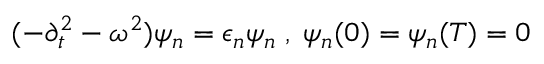
( - \partial _ { t } ^ { 2 } - \omega ^ { 2 } ) \psi _ { n } = \epsilon _ { n } \psi _ { n } \; , \; \psi _ { n } ( 0 ) = \psi _ { n } ( T ) = 0